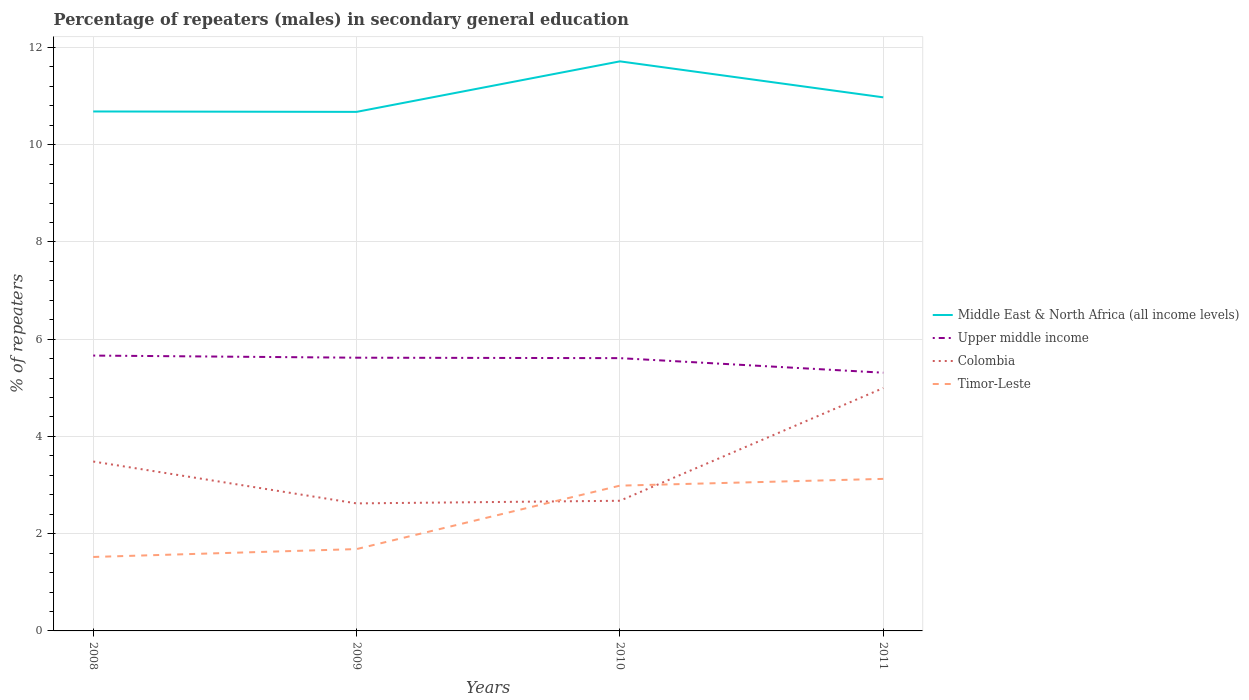
| Years | Middle East & North Africa (all income levels) | Upper middle income | Colombia | Timor-Leste |
 | --- | --- | --- | --- | --- |
 | 2008 | 10.7 | 5.66 | 3.48 | 1.52 |
 | 2009 | 10.7 | 5.62 | 2.62 | 1.68 |
 | 2010 | 11.7 | 5.61 | 2.68 | 2.99 |
 | 2011 | 11 | 5.31 | 4.99 | 3.13 |